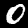
Label: 0